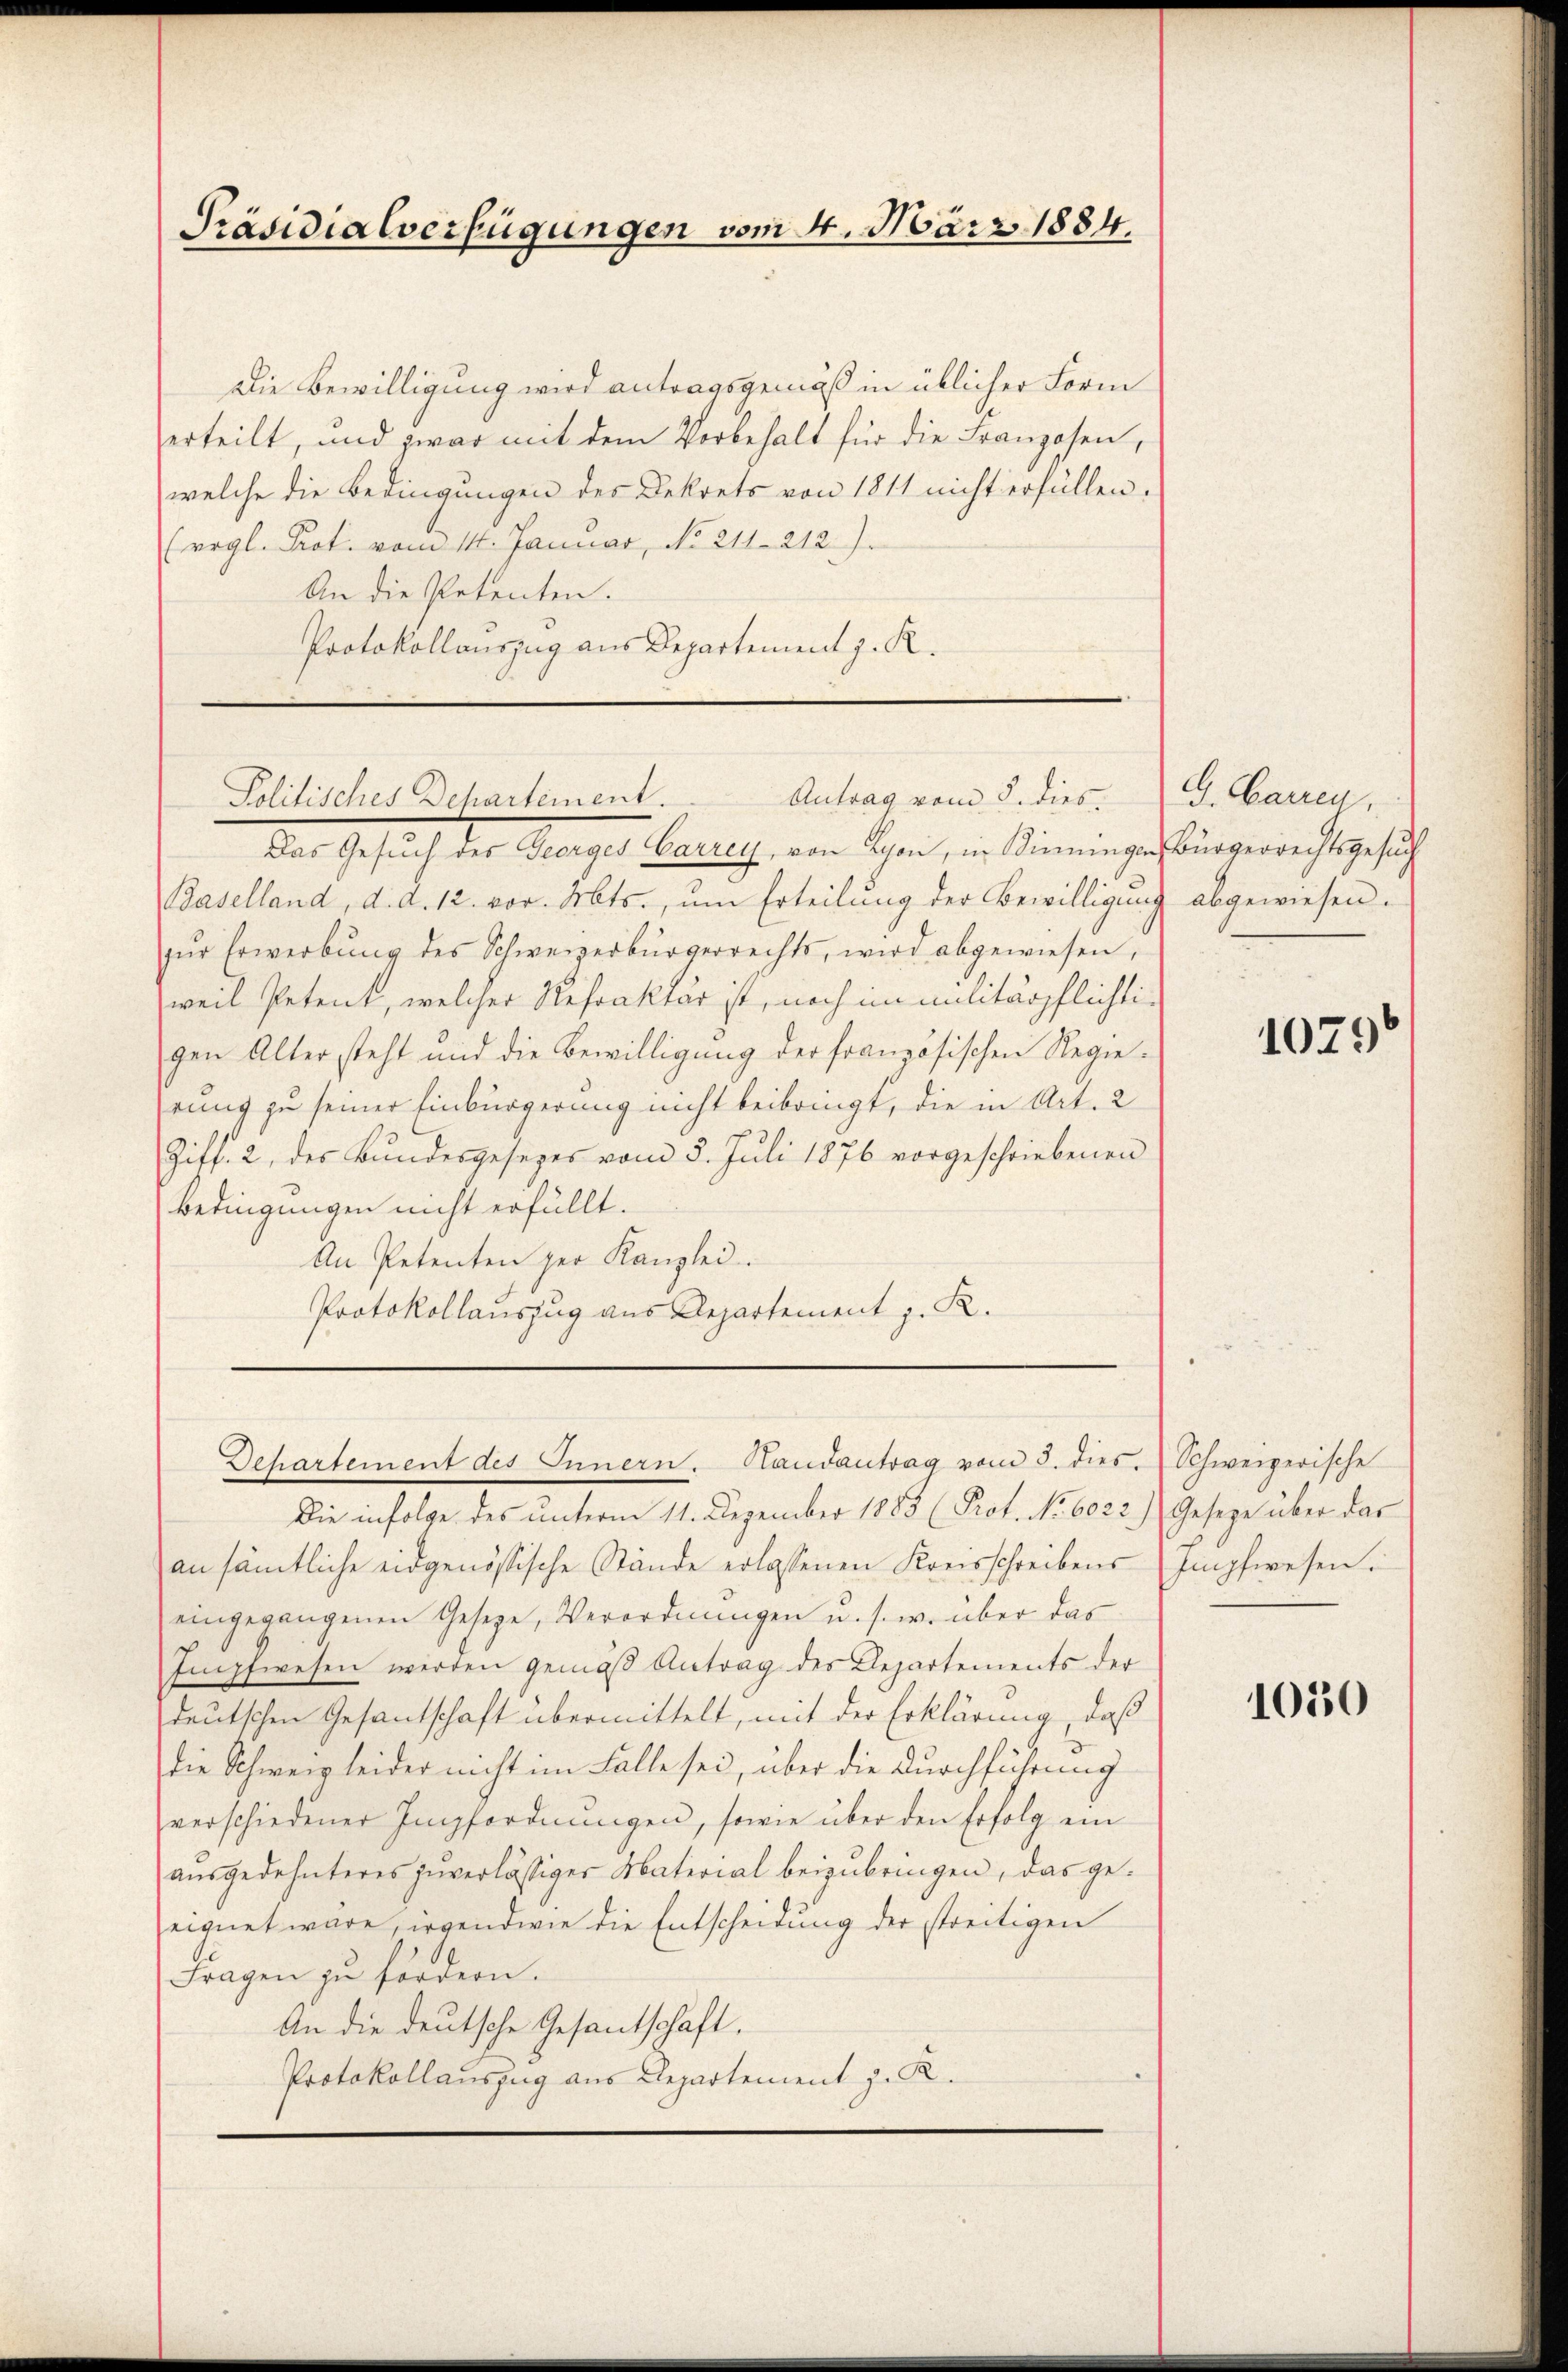
Präsidialverfügungen vom 4. März 1884.

Die Bewilligung wird antragsgemäß in üblicher Form
erteilt, und zwar mit dem Vorbehalt für die Franzosen,
welche die Bedingungen des Dekrets von 1811 nicht erfüllen.
(rogl. Prot. vom 14. Januar, No. 211. 212).
An die Petenten.
Protokollauszug aus Departement z. K.

Politisches Dehartement.
Antrag vom 8. dies. G. Carren,

Departement des Innern. Handantrag vom 3. dies

Der Gesuch der Bierige Laurig, von Rosen, in Kienringen bringerechtsgesetzt
Baselland, d. d. 12. vor. Mts., um Erteilung der Bewilligung abgewiesen.
zur Erwerbung des Schweizerbürgerrechts, wird abgewiesen,
weil Petent, welcher Refrakter ist, noch im militärpflichtigen Alter steht und die Bewilligung der französischen Regieeung zu seiner Einbürgerung nicht beibringt, die in Art. 2
Ziff. 2, des Bundesgesetzes vom 5. Juli 1876 vorgeschriebenen
Bedingungen nicht erfüllt.
An Petenten der Kanzlei.
Protokollauszug aus Departement z. R.

Die infolge des unterm 11. Dezember 1883 (Prot. No. 6022.) Gesetze über das
an sämtliche eidgenössische Stände erlassenen Kreisschreibens Impfwesen.
eingegangenen Geseze, Verordnŭngen u. s. w. über das
Impfwesen werden gemäβ Antrag des Departements der
deutschen Gesandschaft übermittelt, mit der Erklärung, daß
die Schweiz leider nicht im Falle sei, über die Durchführung
verschiedener Impfordnŭngen, sowie über den Erfolg ein
ausgedehnteres zuverlässiger Material beizubringen, das geeignet wäre, irgendwie die Entscheidung der streitigen
Fragen zu fördern.
An die deutsche Gesantschaft.
Protokollauszug aus Departement z. R.

1029

Schweizerische

1050